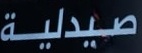
صيدلية